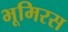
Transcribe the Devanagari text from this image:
भूमिरस